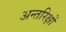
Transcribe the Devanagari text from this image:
अन्तरिक्षों